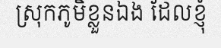
ស្រុកភូមិខ្លួនឯង ដែលខ្ញុំ